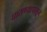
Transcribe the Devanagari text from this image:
घासण्यापासून